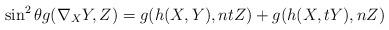
LaTeX: \begin{align*}\sin^{2}\theta g(\nabla_{X}Y, Z)=g(h(X,Y), ntZ)+g(h(X, tY), nZ) \end{align*}